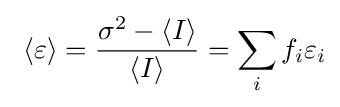
\ \langle \varepsilon \rangle ={\frac {\sigma ^{2}-\langle I\rangle }{\langle I\rangle }}=\sum _{i}f_{i}\varepsilon _{i}